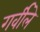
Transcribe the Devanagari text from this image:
गर्वीले